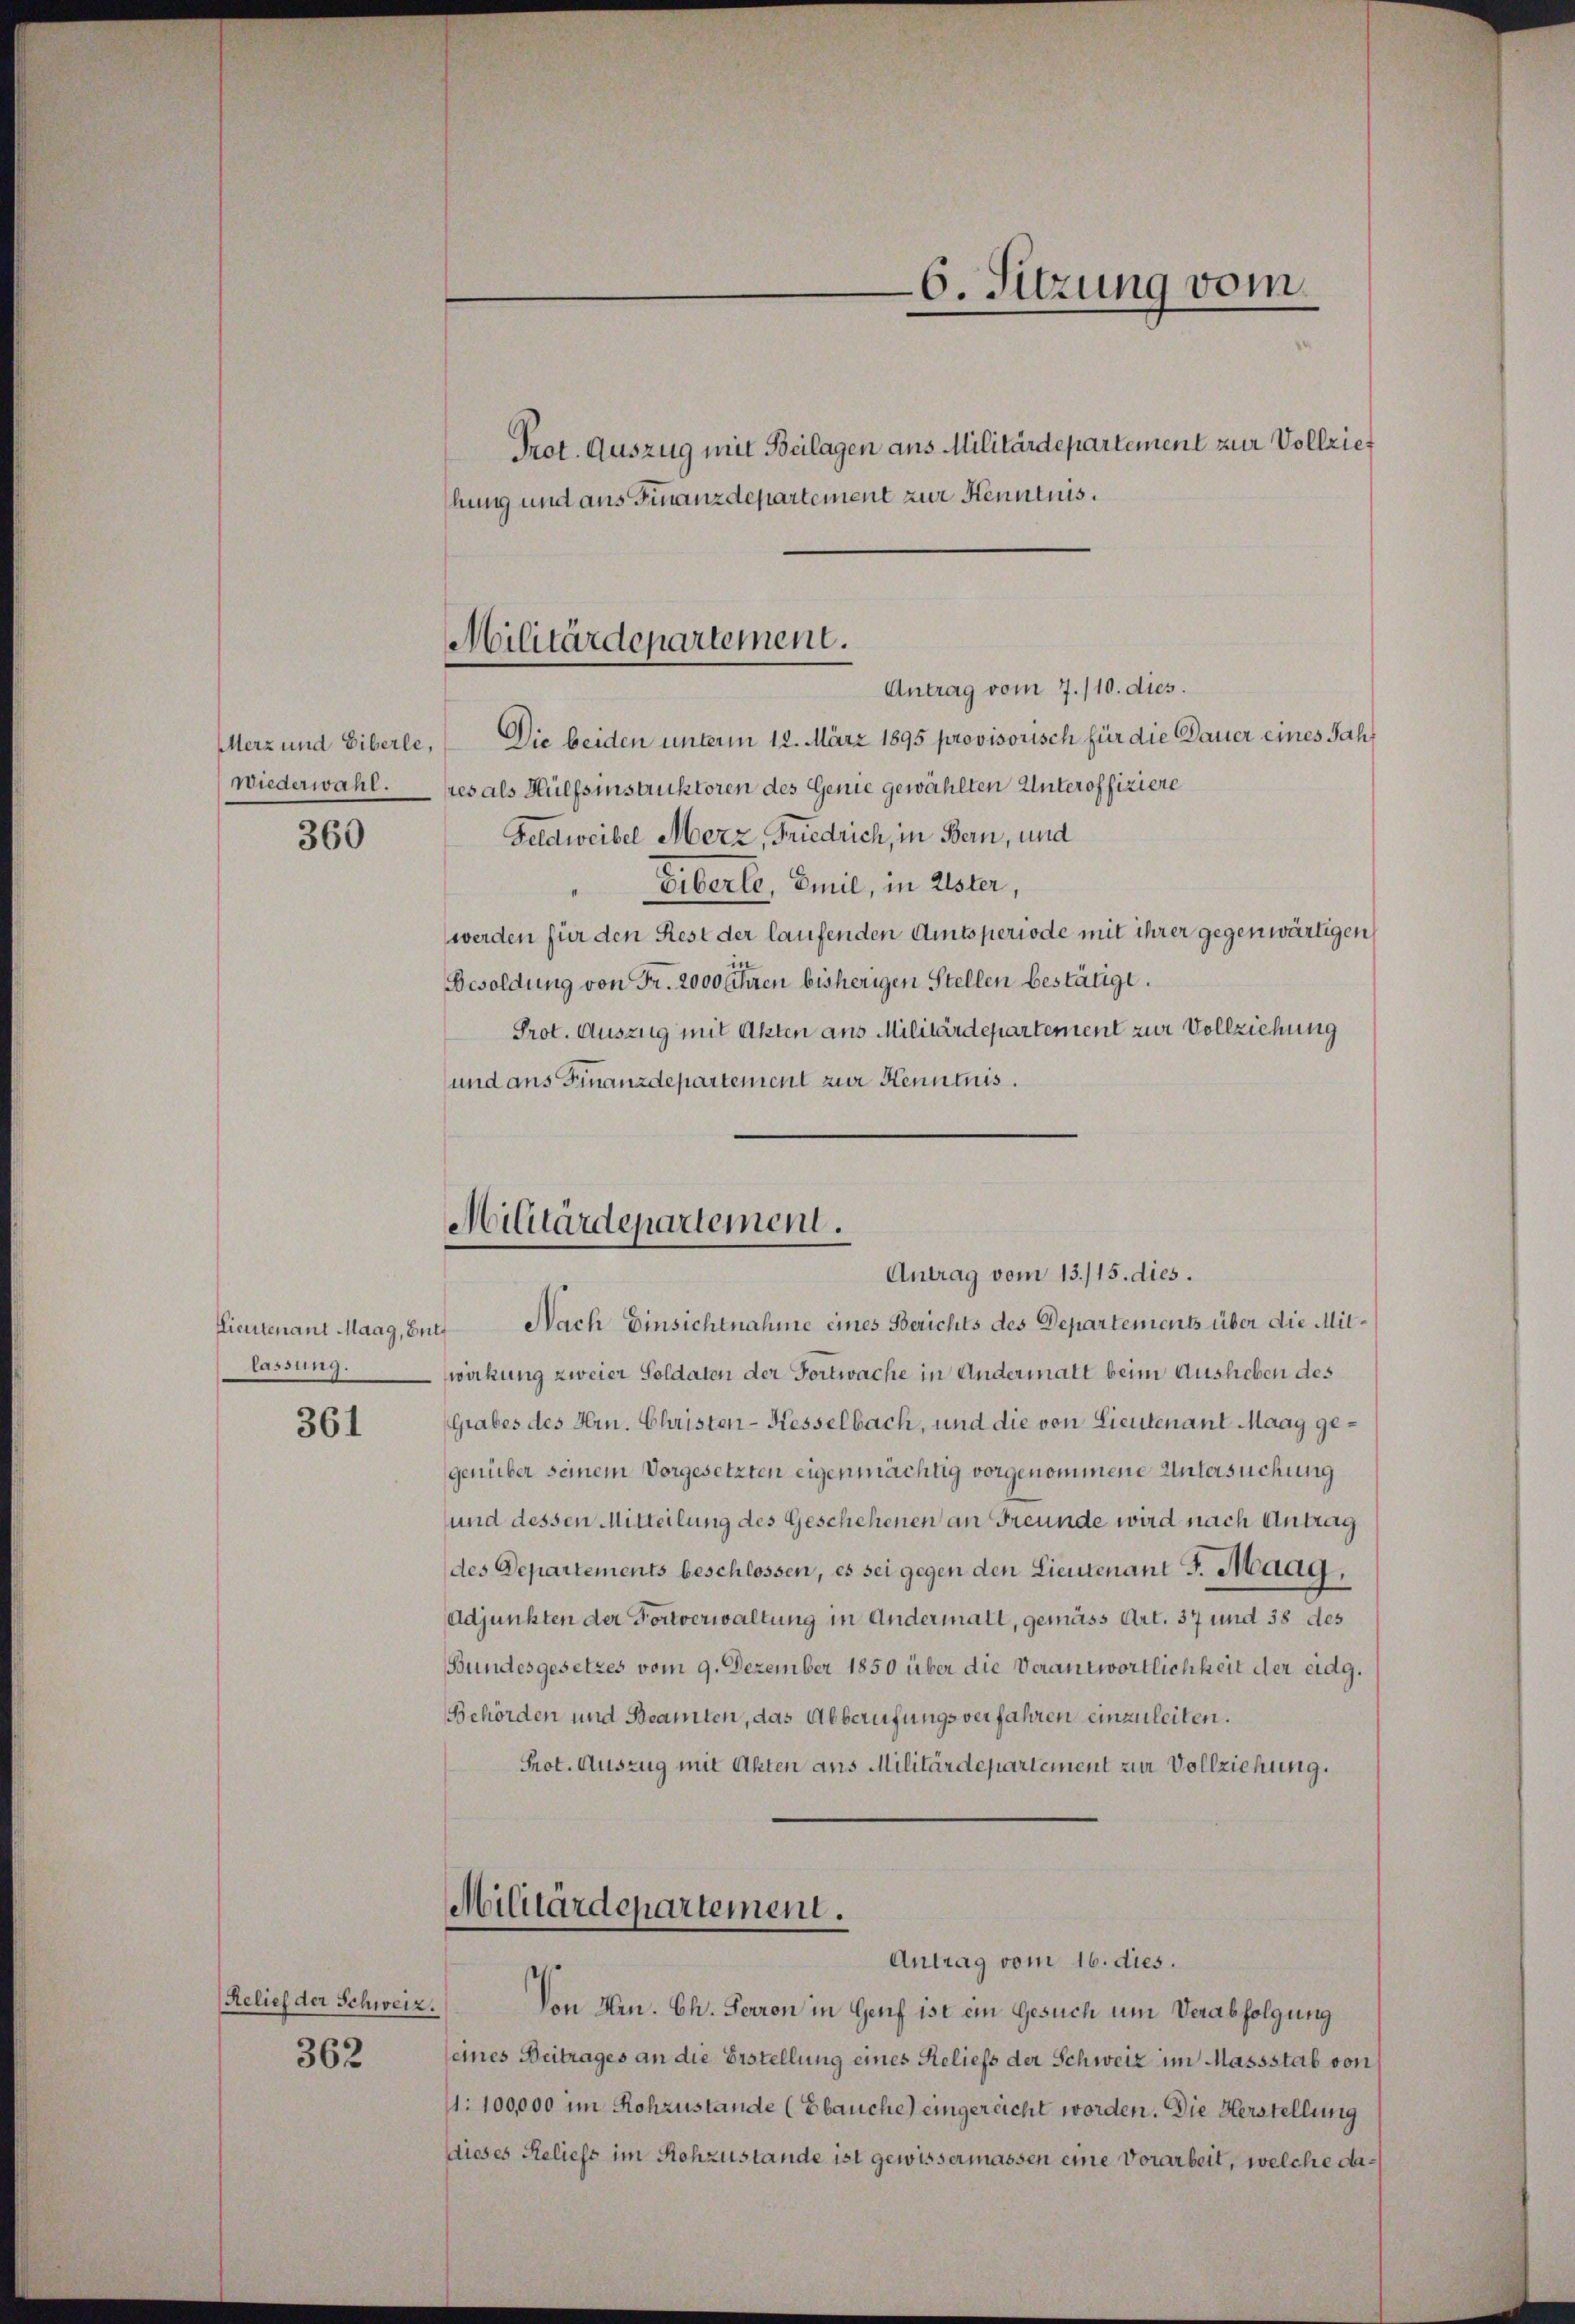
Merz und Eiberle,
wiederwahl.

360

Lieutenant Maag, Butt
lassung.

361

Relief der Schweiz.
362

hung und aus Finanzdepartement zur Kenntnis.

Prot. Auszug mit Beilagen aus Militärdepartement zur Vollzie¬

Militärdepartement.

Militärdepartement.
Antrag vom 13./15. dies.

6. Sitzung vom

Nach Einsichtnahme eines Berichts des Departements über die Mitwakung zweier Soldaten der Fortwache in Andermatt beim Ausheben des
Grabes des Hrn. Christen-Kesselbach, und die von Lieutenant Maag gegenüber seinem Vorgesetzten eigenmächtig vorgenommene Untersuchung
und dessen Mitteilung des Geschehenen an Freunde wird nach Antrag
des Departements beschlossen, es sei gegen den Lieutenant J. Haag,
Adjunkten der Fortverwaltung in Andermalt, gemäss Art. 37 und 38 des
Bundesgesetzes vom 9. Dezember 1850 über die Verantwortlichkeit der eidg.
Behörden und Beamten, das Abberufungsverfahren einzuleiten.
Prot. Auszug mit Akten aus Militärdepartement zur Vollziehung.

Militärdepartement.
Antrag vom 16. dies.

Antrag vom 7./10. dies.
Die beiden unterm 12. März 1895 provisorisch für die Dauer eines Jahr
res als Hülfsinstruktoren des Genie gewählten Unteroffiziere
Feldweibel Merz, Friedrich, in Bern, und
Fiberle, Emil, in Uster,
werden für den Rest der laufenden Amtsperiode mit ihrer gegenwärtigen
Besoldung von Fr. 2000 Ehren bisherigen Stellen bestätigt.
Prot. Auszug mit Akten aus Militärdepartement zur Vollziehung
und aus Finanzdepartement zur Kenntnis.

Von Hrn. Ch. Perron in Genf ist ein Gesuch um Verabfolgung
eines Beitrages an die Erstellung eines Reliefs der Schweiz im Massstab von
1: 100,000 im Rohzustände (Ebauche) eingerecht worden. Die Herstellung
dieses Reliefs im Rohzustände ist gewissermassen eine Vorarbeit, welche da¬